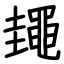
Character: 䵷